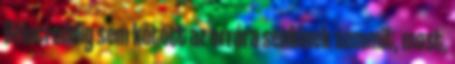
Béluci eddig sem kötött az orrára senkinek semmit, most,